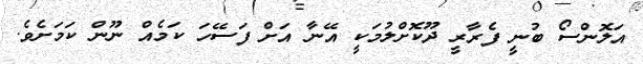
އަލޮންސޯ ބުނީ ފެރާރީ ދޫކޮށްލުމަކީ އޭނާ އަށް ފަސޭހަ ކަމެއް ނޫން ކަމަށެވެ.